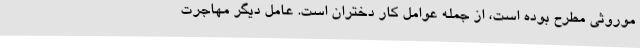
موروثی مطرح بوده است، از جمله عوامل کار دختران است. عامل دیگر مهاجرت